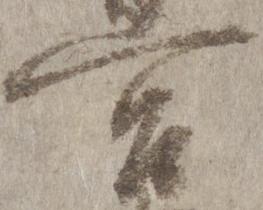
宮